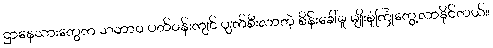
ဌာနေသားတွေက သဘာဝ ပတ်ဝန်းကျင် ပျက်စီးလာတဲ့ စိန်းခေါ်မှု မျိုးစုံကြုံတွေ့လာနိုင်တယ်။